Vaccination in the Punjab 1905-1918 - 1905-1918
Year: 1905
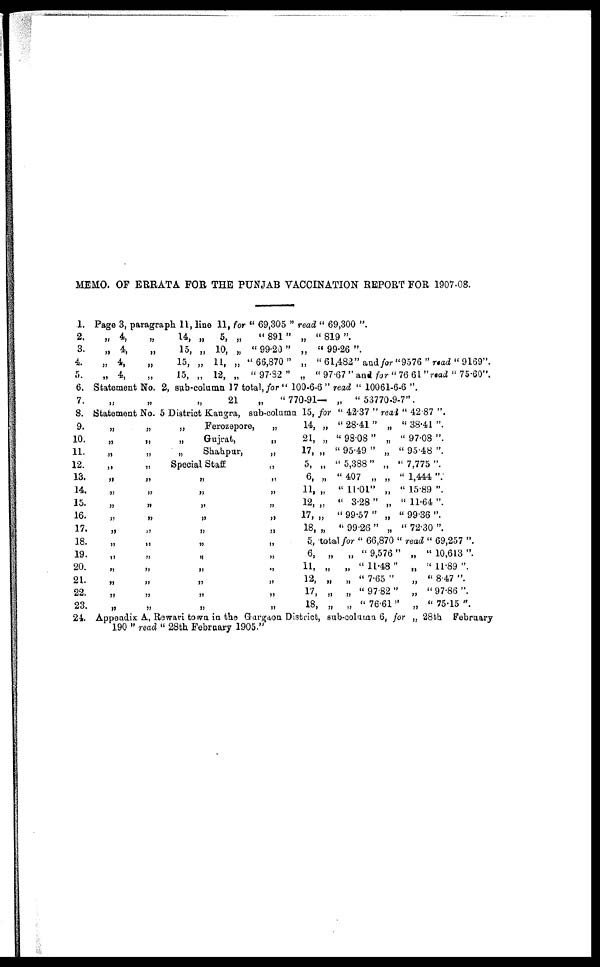
MEMO. OF ERRATA FOR THE PUNJAB VACCINATION REPORT FOR 1907-08.
1.
2.
3.
4.
5.
6.
7.
8.
9.
10.
11.
12.
13.
14.
15.
16.
17.
18.
19.
20.
21.
22.
23.
24.
Page 3, paragraph 11, line 11, for " 69,305 " read " 69,300 "
„ 4,
„ 4,
„ 4,
„ 4,
„
„
„
„
14,
15,
15,
15,
„ 5, „
„ 10 „
„ 11, „
„
12,
„
"891"
" 99.20"
"66,870"
"97.32"
„
" 819 ".
„
" 99.26 ".
„
" 61,482" and for "9576 " read " 9169".
„
" 97.67 "and for "76.61 "read "75.60".
Statement No. 2, sub-column 17 total, for "100-6-6" read " 10061-6-6 ".
„
„
„ 21 „
"770-91— „ " 53770-9-7".
Statement No. 5 District Kangra, sub-column 15, for " 42.37 " real " 42.87 ".
„
„
„
„
„
„
„
„
„
„
„
„
„
„
„
„
„
„
„
„
„
„
„
„
„
„
„
„
„
„
„
„
„
Ferozepore,
Gujrat,
Shahpur,
Special Staff
„
„
„
„
„
„
„
„
„
„
„
„
„
„
„
„
„
„
„
„
„
„
„
„
„
„
14, „ " 28.41 " „ " 38.41 ".
21, „ " 98.08 " „ " 97.08 ".
17, „ " 95.49 " „ " 95.48 ".
5, „ "5,388" „ "7,775".
6, „ " 407 „ „ "1,444 ".
11, „ " 11.01" „ " 15.89 ".
12, „ " 3.28 " „ " 11.64 ".
17, „ " 99.57 " „ " 99.36 ".
18, „ " 99.26 " „ " 72.30 ".
5, total for " 66,870 " read " 69,257 ".
6, „
„ " 9,576 " „ " 10,613 ".
11, „ „ " 11.48 " „ " 11.89 ".
12, „ „ " 7.65 "
„ " 8.47 ".
17, „ „ " 97.82 " „ " 97.86 ".
18, „ „ " 76.61" „ " 75.15 ".
Appendix A, Rewari town in the Gurgaon District, sub-column 6, for „ 28th February
190 " read " 28th February 1905."